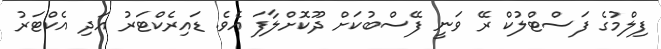
ފިލްމުގެ ފަސްޓްލުކް ރޭ ވަނީ ފޭސްބުކަށް ދޫކޮށްލާފަ އެވެ. ޑައިރެކްޓަރު އަދި އެކްޓަރު